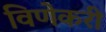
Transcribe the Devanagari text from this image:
विणेकरी